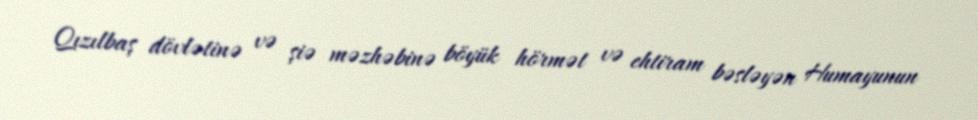
Qızılbaş dövlətinə və şiə məzhəbinə böyük hörmət və ehtiram bəsləyən Humayunun